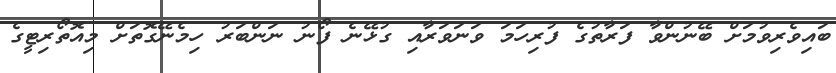
ބައިވެރިވުމަށް ބޭނުންވާ ފަރާތުގެ ފުރިހަމަ ވަނަވަރާއި ގުޅޭނެ ފޯނު ނަންބަރު ހިމެނޭގޮތަށް މިއޮތޯރިޓީގެ